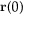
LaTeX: \mathbf { r } ( 0 )